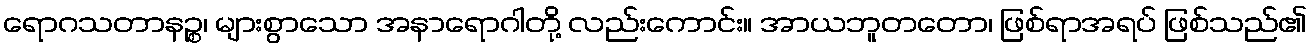
ရောဂသတာနဉ္စ၊ များစွာသော အနာရောဂါတို့ လည်းကောင်း။ အာယဘူတတော၊ ဖြစ်ရာအရပ် ဖြစ်သည်၏